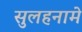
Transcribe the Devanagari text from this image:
सुलहनामे